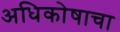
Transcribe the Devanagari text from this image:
अधिकोषाचा